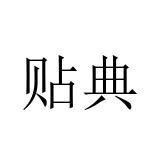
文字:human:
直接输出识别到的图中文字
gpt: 贴典